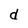
Character: d